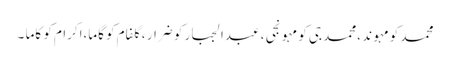
محمد کو مہوند ،محمد جی کو مہونجی ، عبدالجبار کو ضرار ،گلفام کو گاما،اکرام کو کاما ۔